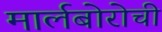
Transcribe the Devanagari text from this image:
मार्लबोरोची